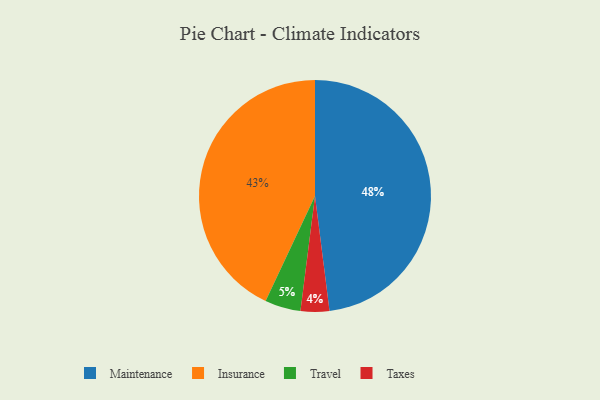
{"axis": {"x": "Category", "y": "Percentage"}, "legend": ["Insurance", "Maintenance", "Taxes", "Travel"], "data": [{"x": "Taxes", "y": 4, "type": "Taxes"}, {"x": "Maintenance", "y": 48, "type": "Maintenance"}, {"x": "Travel", "y": 5, "type": "Travel"}, {"x": "Insurance", "y": 43, "type": "Insurance"}]}